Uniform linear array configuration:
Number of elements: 24
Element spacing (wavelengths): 1
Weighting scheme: uniform
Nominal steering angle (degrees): -15
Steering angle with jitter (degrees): -14.784
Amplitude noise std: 0.05
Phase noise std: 0.05

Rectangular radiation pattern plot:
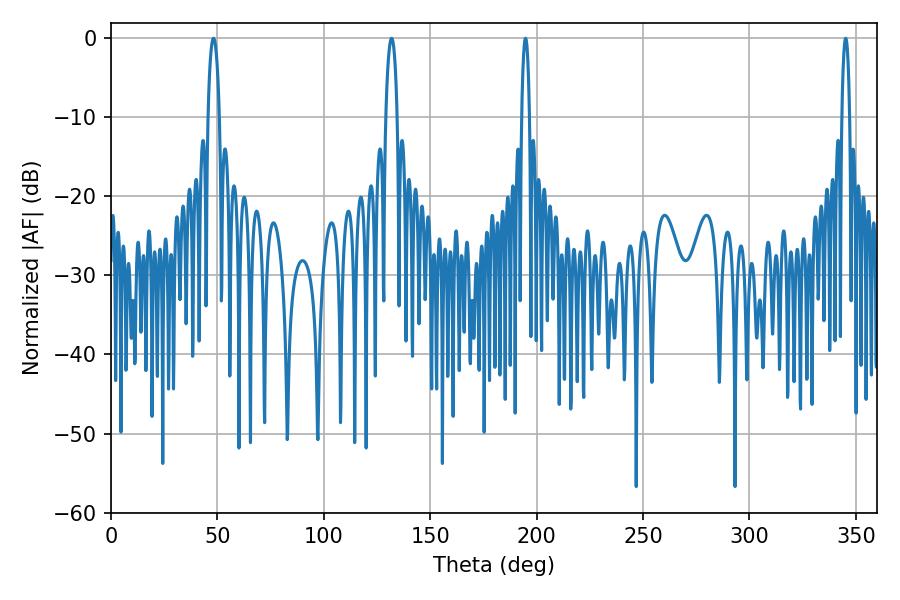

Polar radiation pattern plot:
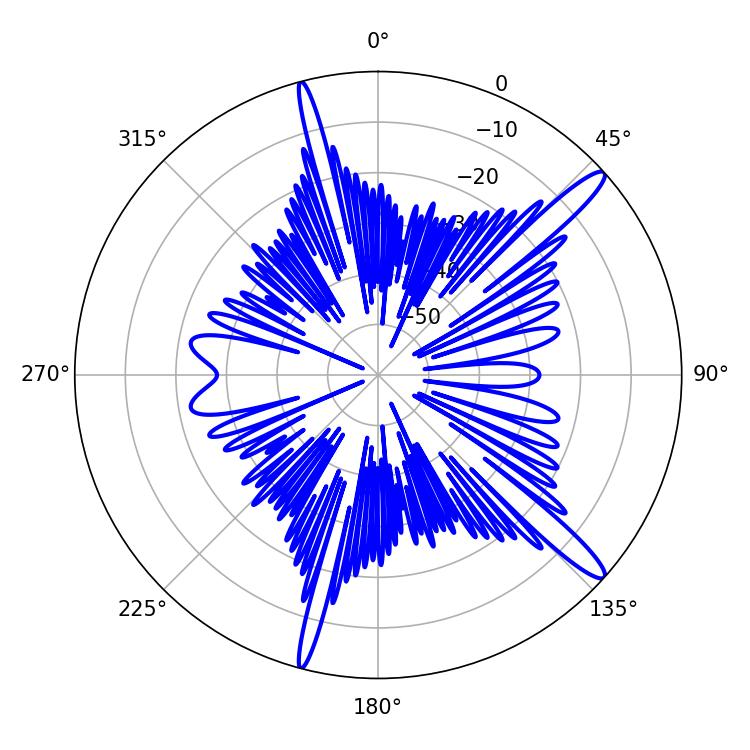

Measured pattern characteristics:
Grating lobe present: TRUE
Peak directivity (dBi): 14.654
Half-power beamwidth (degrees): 1.98
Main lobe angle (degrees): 194.76